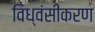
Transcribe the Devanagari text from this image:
विध्वंसीकरण